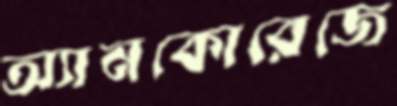
অ্যানকোরেজে